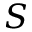
S